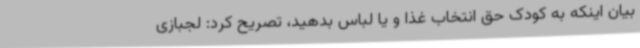
بیان اینکه به کودک حق انتخاب غذا و یا لباس بدهید، تصریح کرد: لجبازی